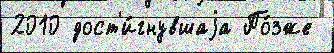
2010 дост'и́гнувшаjа По́зже